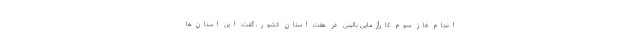
انجام فاز سوم کارآزمایی بالینی در هفت استان کشور، گفت: این استان‌ها